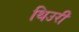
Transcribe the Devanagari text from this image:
थिउरी